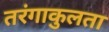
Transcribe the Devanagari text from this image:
तरंगाकुलता